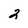
Character: 2